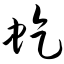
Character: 虼